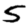
Digit: 5